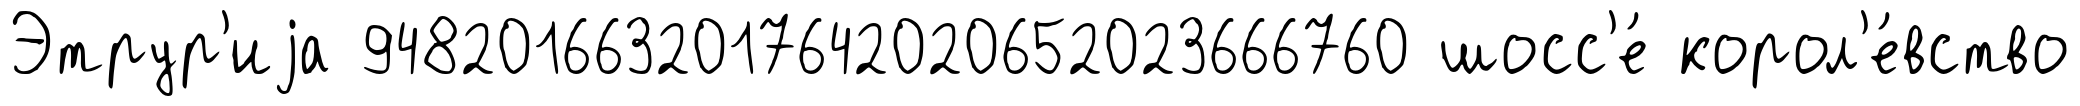
Этрур'иjа 9482016632017642020652023666760 шосс'е́ корол'е́вство